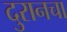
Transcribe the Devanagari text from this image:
दुरानचा